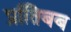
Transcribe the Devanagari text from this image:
प्रतििबब